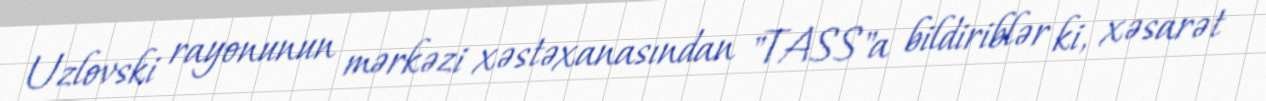
Uzlovski rayonunun mərkəzi xəstəxanasından "TASS"a bildiriblər ki, xəsarət